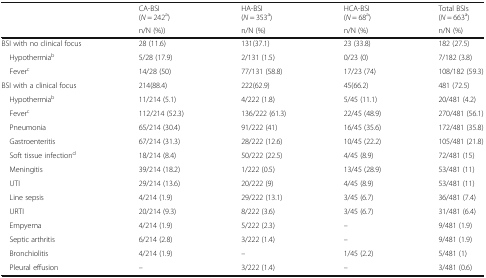
<table><thead><tr><td rowspan="2"></td><td><b>CA-BSI(<i>N</i> = 242<sup>a</sup>)</b></td><td><b>HA-BSI(<i>N</i> = 353<sup>a</sup>)</b></td><td><b>HCA-BSI(<i>N</i> = 68<sup>a</sup>)</b></td><td><b>Total BSIs(<i>N</i> = 663<sup>a</sup>)</b></td></tr><tr><td><b>n/N (%))</b></td><td><b>n/N (%)</b></td><td><b>n/N (%)</b></td><td><b>n/N (%)</b></td></tr></thead><tbody><tr><td>BSI with no clinical focus</td><td>28 (11.6)</td><td>131(37.1)</td><td>23 (33.8)</td><td>182 (27.5)</td></tr><tr><td> Hypothermia<sup>b</sup></td><td>5/28 (17.9)</td><td>2/131 (1.5)</td><td>0/23 (0)</td><td>7/182 (3.8)</td></tr><tr><td> Fever<sup>c</sup></td><td>14/28 (50)</td><td>77/131 (58.8)</td><td>17/23 (74)</td><td>108/182 (59.3)</td></tr><tr><td>BSI with a clinical focus</td><td>214(88.4)</td><td>222(62.9)</td><td>45(66.2)</td><td>481 (72.5)</td></tr><tr><td> Hypothermia<sup>b</sup></td><td>11/214 (5.1)</td><td>4/222 (1.8)</td><td>5/45 (11.1)</td><td>20/481 (4.2)</td></tr><tr><td> Fever<sup>c</sup></td><td>112/214 (52.3)</td><td>136/222 (61.3)</td><td>22/45 (48.9)</td><td>270/481 (56.1)</td></tr><tr><td> Pneumonia</td><td>65/214 (30.4)</td><td>91/222 (41)</td><td>16/45 (35.6)</td><td>172/481 (35.8)</td></tr><tr><td> Gastroenteritis</td><td>67/214 (31.3)</td><td>28/222 (12.6)</td><td>10/45 (22.2)</td><td>105/481 (21.8)</td></tr><tr><td> Soft tissue infection<sup>d</sup></td><td>18/214 (8.4)</td><td>50/222 (22.5)</td><td>4/45 (8.9)</td><td>72/481 (15)</td></tr><tr><td> Meningitis</td><td>39/214 (18.2)</td><td>1/222 (0.5)</td><td>13/45 (28.9)</td><td>53/481 (11)</td></tr><tr><td> UTI</td><td>29/214 (13.6)</td><td>20/222 (9)</td><td>4/45 (8.9)</td><td>53/481 (11)</td></tr><tr><td> Line sepsis</td><td>4/214 (1.9)</td><td>29/222 (13.1)</td><td>3/45 (6.7)</td><td>36/481 (7.4)</td></tr><tr><td> URTI</td><td>20/214 (9.3)</td><td>8/222 (3.6)</td><td>3/45 (6.7)</td><td>31/481 (6.4)</td></tr><tr><td> Empyema</td><td>4/214 (1.9)</td><td>5/222 (2.3)</td><td>–</td><td>9/481 (1.9)</td></tr><tr><td> Septic arthritis</td><td>6/214 (2.8)</td><td>3/222 (1.4)</td><td>–</td><td>9/481 (1.9)</td></tr><tr><td> Bronchiolitis</td><td>4/214 (1.9)</td><td>–</td><td>1/45 (2.2)</td><td>5/481 (1)</td></tr><tr><td> Pleural effusion</td><td>–</td><td>3/222 (1.4)</td><td>–</td><td>3/481 (0.6)</td></tr></tbody></table>